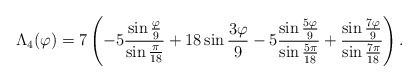
\begin{align*} \Lambda_4(\varphi)=7\left (-5{\sin{\varphi \over 9}\over \sin{\pi \over 18} }+18\sin{3\varphi \over 9} -5 {\sin{5\varphi \over 9} \over \sin{5\pi \over 18}}+{\sin{7\varphi \over 9} \over \sin{7\pi \over 18}}\right ).\end{align*}